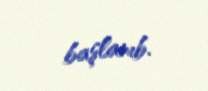
başlanıb.